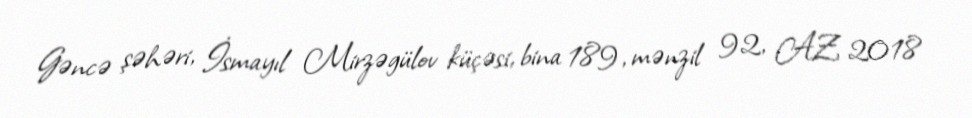
Gəncə şəhəri, İsmayıl Mirzəgülov küçəsi, bina 189, mənzil 92, AZ 2018